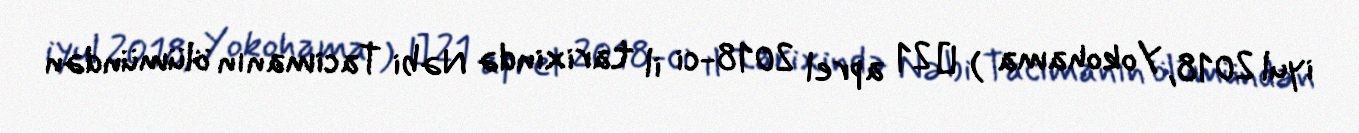
iyul 2018, Yokohama ) ― 21 aprel 2018-ci il tarixində Nəbi Tacimanın ölümündən